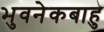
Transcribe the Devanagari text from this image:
भुवनेकबाहु